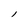
Character: l